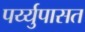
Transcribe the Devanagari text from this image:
पर्य्युपासत